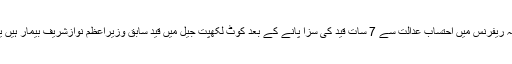
العزیزیہ ریفرنس میں احتساب عدالت سے 7 سات قید کی سزا پانے کے بعد کوٹ لکھپت جیل میں قید سابق وزیراعظم نوازشریف بیمار ہیں یا نہیں؟